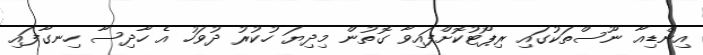
އިންޑިއާ ނޫސްތަކުގައި ރިޕޯޓުކޮށްފައިވާ ގޮތުން މިދިޔަ ހުކުރު ދުވަހު އެ ހާދިސާ ހިނގާފައި